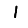
Digit: 1